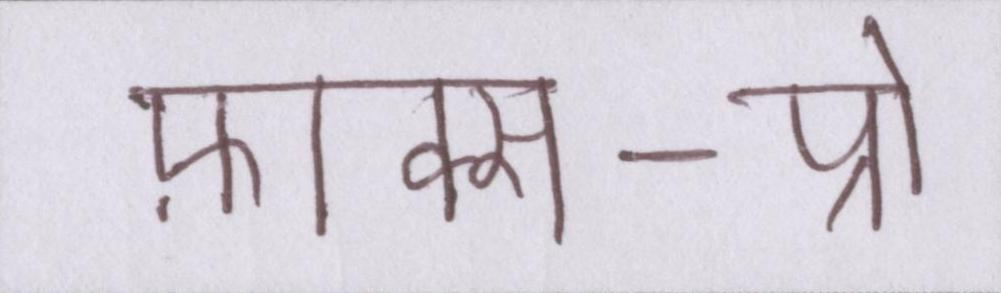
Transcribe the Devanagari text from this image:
फ़ाक्स-प्रो